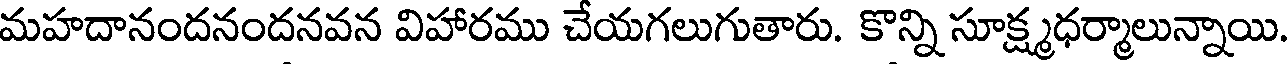
మహదానందనందనవన విహారము చేయగలుగుతారు. కొన్ని సూక్ష్మధర్మాలున్నాయి.